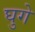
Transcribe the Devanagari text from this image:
घुगे